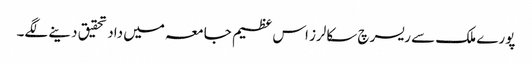
پورے ملک سے ریسرچ سکالرز اس عظیم جامعہ میں داد تحقیق دینے لگے۔